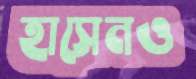
হাসেনও